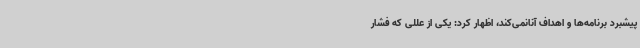
پیشبرد برنامه‌ها و اهداف آنانمی‌کند، اظهار کرد: یکی از عللی که فشار